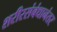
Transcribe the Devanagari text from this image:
शरीरसंबंधानंतर